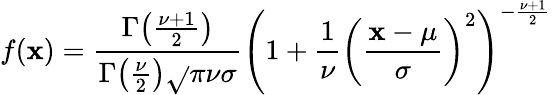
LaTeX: f(\mathbf{x})={\frac{{\Gamma{\bigl(}{\frac{{\nu+1}}{{2}}}{\bigr)}}}{{\Gamma{\bigl(}{\frac{{\nu}}{{2}}}{\bigr)}{\sqrt{}{{\pi\nu}}}\sigma}}}\left(1+{\frac{{1}}{{\nu}}}\left({\frac{{\mathbf{x}-\mu}}{{\sigma}}}\right)^{2}\right)^{-{\frac{{\nu+1}}{{2}}}}